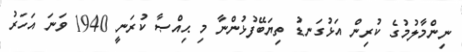
ނިންމާލުމުގެ ކުރިން އަޅުގަނޑު ތިޔަބޭފުޅުންނާ މި ޙިއްޞާ ކުރަނީ 1940 ވަނަ އަހަރު